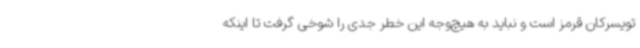
تویسرکان قرمز است و نباید به هیچ‌وجه این خطر جدی را شوخی گرفت تا اینکه